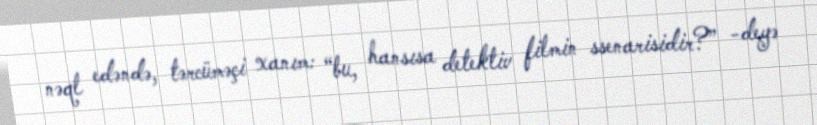
nəql edəndə, tərcüməçi xanım: “bu, hansısa detektiv filmin ssenarisidir?” -deyə